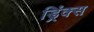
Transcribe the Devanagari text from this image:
ड्रिंक्‍स